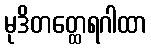
မုဒိတတ္ထေရဂါထာ